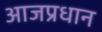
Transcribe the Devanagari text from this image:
आजप्रधान